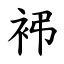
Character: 䘟